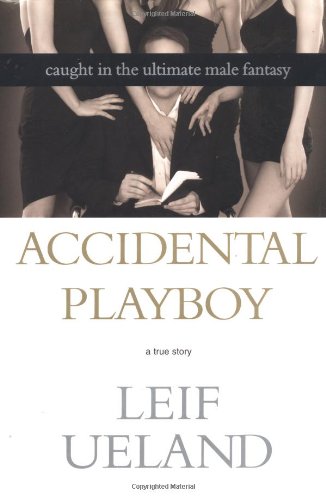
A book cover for Accidental Playboy: Caught in the Ultimate Male Fantasy; Leif Ueland; Humor & Entertainment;